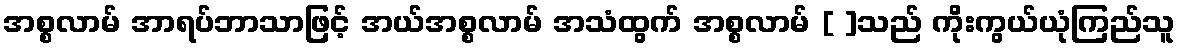
အစ္စလာမ် အာရပ်ဘာသာဖြင့် အယ်အစ္စလာမ် အသံထွက် အစ္စလာမ် [ ]သည် ကိုးကွယ်ယုံကြည်သူ